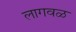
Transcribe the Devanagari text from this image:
लागवळ